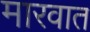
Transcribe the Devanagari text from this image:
मारवात